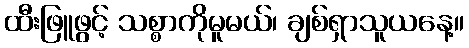
ထီးဖြူဖွင့် သစ္စာကိုမူမယ်၊ ချစ်ရှာသူယနေ့။